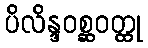
ပိလိန္ဒဝစ္ဆဝတ္ထု